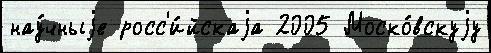
нау́чныjе росс'и́йскаjа 2005 Моско́вскуjу